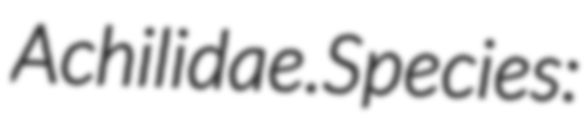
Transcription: Achilidae.Species: